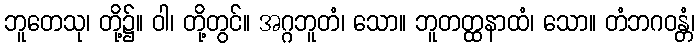
ဘူတေသု၊ တို့၌။ ဝါ၊ တို့တွင်။ အဂ္ဂဘူတံ၊ သော။ ဘူတတ္ထနာထံ၊ သော။ တံဘဂဝန္တံ၊